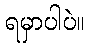
ရမှာပါပဲ။